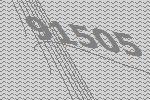
91505